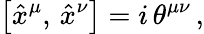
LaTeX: \left[\hat{x}^{\mu},\, \hat{x}^{\nu}\right]=i\, \theta^{\mu\nu}\, ,